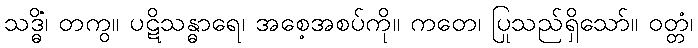
သဒ္ဓိံ၊ တကွ။ ပဋိသန္ဓာရေ၊ အစေ့အစပ်ကို။ ကတေ၊ ပြုသည်ရှိသော်။ ဝတ္တံ၊